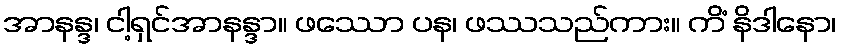
အာနန္ဒ၊ ငါ့ရှင်အာနန္ဒာ။ ဖဿော ပန၊ ဖဿသည်ကား။ ကိံ နိဒါနော၊